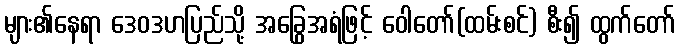
များ၏နေရာ ဒေဝဒဟပြည်သို့ အခြွေအရံဖြင့် ဝေါတော်(ထမ်းစင်) စီး၍ ထွက်တော်